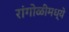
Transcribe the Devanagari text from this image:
रांगोळीमध्ये